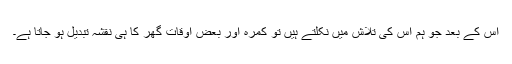
اس کے بعد جو ہم اس کی تلاش میں نکلتے ہیں تو کمرہ اور بعض اوقات گھر کا ہی نقشہ تبدیل ہو جاتا ہے۔